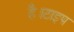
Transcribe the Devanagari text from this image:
है।टाइप